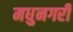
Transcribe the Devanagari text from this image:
मधुनगरी